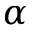
\alpha